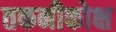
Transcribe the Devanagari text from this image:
तकनीकोक्ष